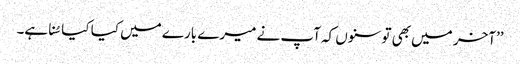
’’آخر میں بھی تو سنوں کہ آپ نے میرے بارے میں کیا کیا سُنا ہے۔